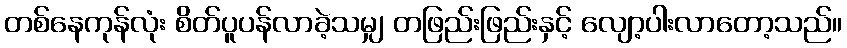
တစ်နေကုန်လုံး စိတ်ပူပန်လာခဲ့သမျှ တဖြည်းဖြည်းနှင့် လျော့ပါးလာတော့သည်။